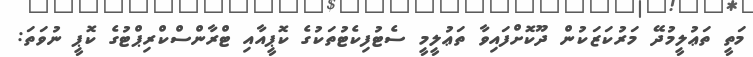
މަތީ ތަޢުލީމުދޭ މަރުކަޒަކުން ދޫކޮށްފައިވާ ތަޢުލީމީ ސެޓުފިކެޓުތަކުގެ ކޮޕީއާއި ޓްރާންސްކްރިޕްޓުގެ ކޮޕީ ނުވަތަ: